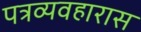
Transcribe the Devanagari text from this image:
पत्रव्यवहारास